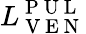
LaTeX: L_{\mathrm{~V~E~N~}}^{\mathrm{~P~U~L~}}